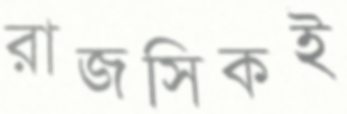
রাজসিকই